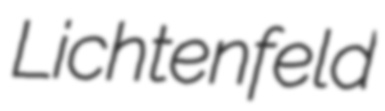
Lichtenfeld